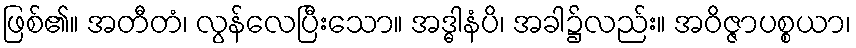
ဖြစ်၏။ အတီတံ၊ လွန်လေပြီးသော။ အဒ္ဓါနံပိ၊ အခါ၌လည်း။ အဝိဇ္ဇာပစ္စယာ၊